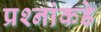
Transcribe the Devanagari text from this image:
प्रश्‍नांकडे